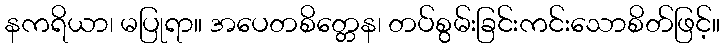
နကရိယာ၊ မပြုရာ။ အပေတစိတ္တေန၊ တပ်စွမ်းခြင်းကင်းသောစိတ်ဖြင့်။